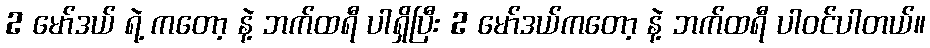
2 မော်ဒယ် ရဲ့ ကတော့ နဲ့ ဘက်ထရီ ပါရှိပြီး 2 မော်ဒယ်ကတော့ နဲ့ ဘက်ထရီ ပါဝင်ပါတယ်။